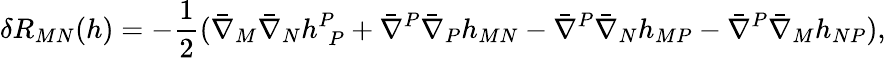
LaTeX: \delta R_{MN}(h)=-{\frac{1}{2}}(\bar{\nabla}_{M}\bar{\nabla}_{N}h_{~~P}^{P}+\bar{\nabla}^{P}\bar{\nabla}_{P}h_{MN}-\bar{\nabla}^{P}\bar{\nabla}_{N}h_{MP}-\bar{\nabla}^{P}\bar{\nabla}_{M}h_{NP}),